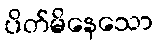
ပိတ်မိနေသော